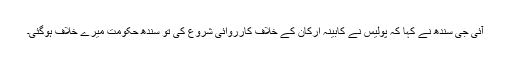
آئی جی سندھ نے کہا کہ پولیس نے کابینہ ارکان کے خلاف کارروائی شروع کی تو سندھ حکومت میرے خلاف ہوگئی۔